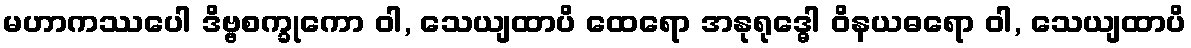
မဟာကဿပေါ ဒိဗ္ဗစက္ခုကော ဝါ, သေယျထာပိ ထေရော အနုရုဒ္ဓေါ ဝိနယဓရော ဝါ, သေယျထာပိ